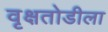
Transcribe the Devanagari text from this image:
वृक्षतोडीला